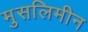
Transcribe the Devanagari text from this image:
मुसलिमीन